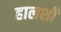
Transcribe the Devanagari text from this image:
हालशी